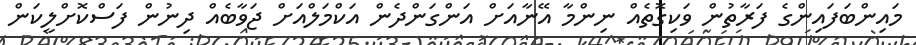
މައިންބަފައިންގެ ފަރާތުން ވަކިގޮތެއް ނިންމާ އޭނާއަށް އަންގަންދެން އަކްމަލްއަށް ޖަވާބެއް ދިނުން ފަސްކޮށްލީކަން